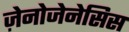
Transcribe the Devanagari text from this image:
ज़ेनोजेनेसिस